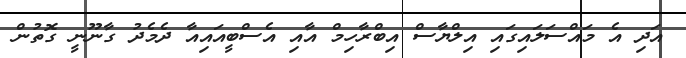
އަދި އެ މައްސަލައިގައި އިލްޔާސް އިބްރާހިމް އާއި އެސްބީއައިއާ ދެމެދު ގާނޫނީ ގޮތުން